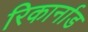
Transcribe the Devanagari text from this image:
रिकार्नाड